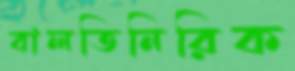
বালতিনিরিক